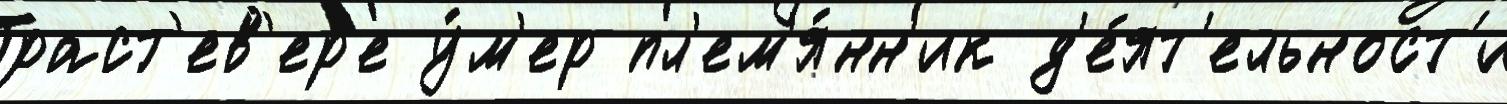
Траст'ев'ер'е у́м'ер пл'ем'я́нн'ик д'е́ят'ельност'и